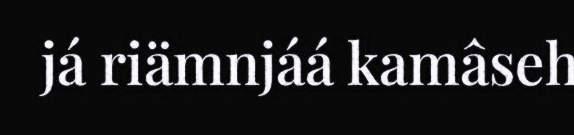
já riämnjáá kamâseh